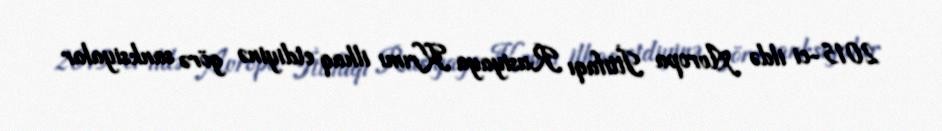
2015-ci ildə Avropa İttifaqı Rusiyaya Krımı ilhaq etdiyinə görə sanksiyalar